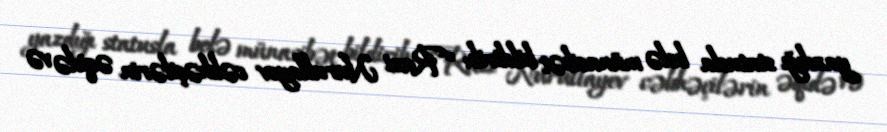
yazdığı statusla belə münasibət bildirib: “Razi Nurullayev cəbhəçilərin əqidə və